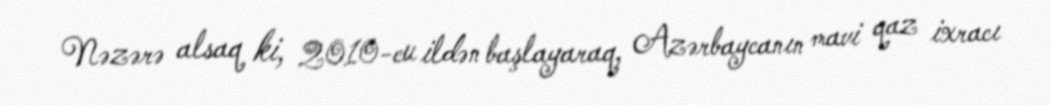
Nəzərə alsaq ki, 2010-cu ildən başlayaraq, Azərbaycanın mavi qaz ixracı